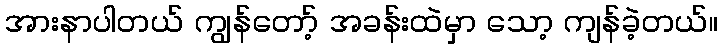
အားနာပါတယ် ကျွန်တော့် အခန်းထဲမှာ သော့ ကျန်ခဲ့တယ်။